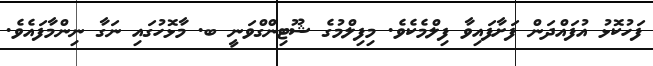
ފަހުކޮޅު އުފައްދަން ފަށާފައިވާ ފިލްމެކެވެ. މިފިލްމުގެ ޝޫޓިންގްވަނީ ބ. މާޅޮހުގައި ނަގާ ނިންމާފައެވެ.